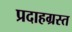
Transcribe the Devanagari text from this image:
प्रदाहग्रस्त